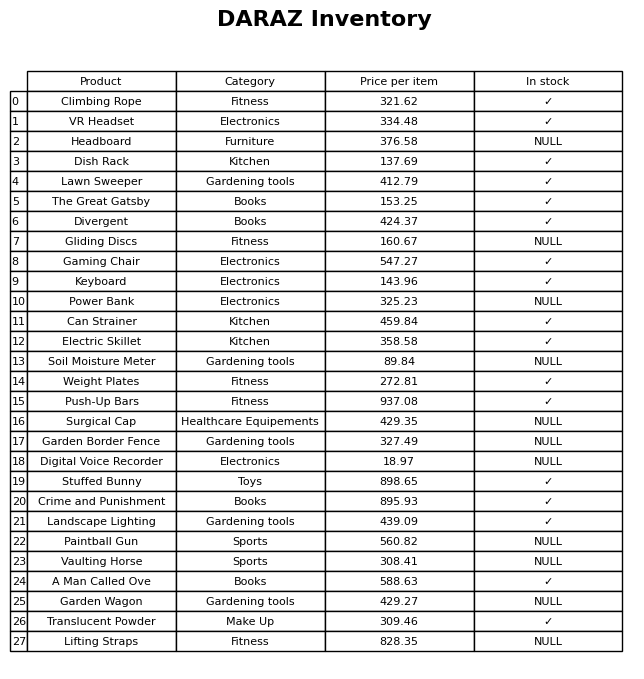
question: What category does the Lawn Sweeper belong to?
answer: Gardening tools